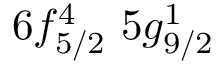
6 f _ { 5 / 2 } ^ { 4 } \, \, 5 g _ { 9 / 2 } ^ { 1 }